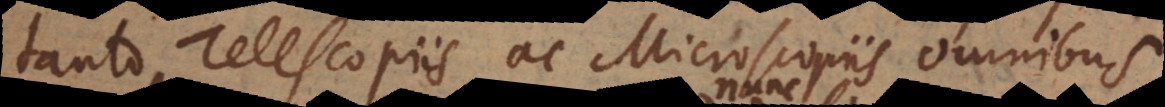
tanto Telescopiis ac Microscopiis omnibus